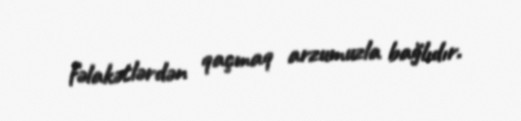
fəlakətlərdən qaçmaq arzumuzla bağlıdır.